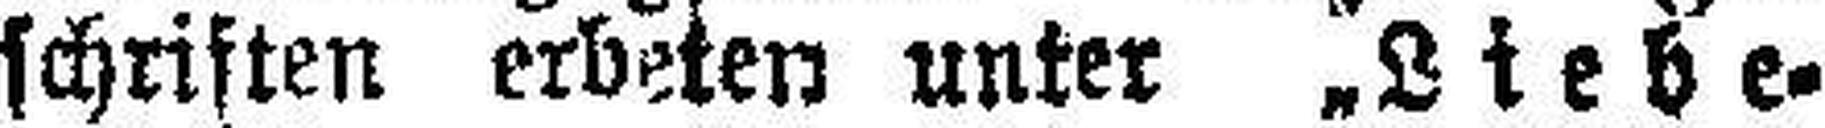
schriften erbeten unter „Liebe¬